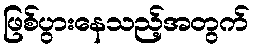
ဖြစ်ပွားနေသည့်အတွက်